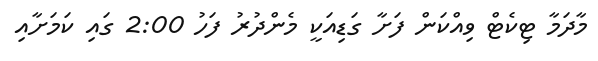
މާދަމާ ޓިކެޓް ވިއްކަން ފަށާ ގަޑިއަކީ މެންދުރު ފަހު 2:00 ގައި ކަމަށާއި